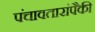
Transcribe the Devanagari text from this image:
पंचावतारांपैकी